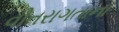
વીતરાગતાના